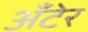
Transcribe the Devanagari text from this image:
अँटेर